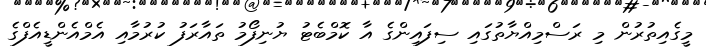
މީގެއިތުރުން މި ރަސްމިއްޔާތުގައި ސިފައިންގެ އާ ކޮމްބެޓު ޔުނިފޯމު ތައާރަފު ކުރުމާއި އެމްއެންޑީއެފްގެ